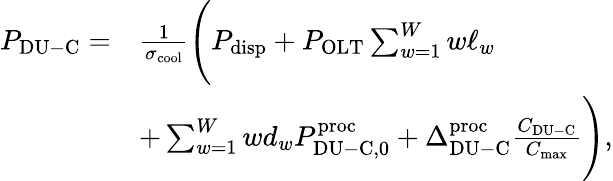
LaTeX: \begin{array}{rl}{P_{\mathrm{DU-C}}=}&{\frac{1}{\sigma_{\mathrm{cool}}}\Bigg(P_{\mathrm{disp}}+P_{\mathrm{OLT}}\sum_{w=1}^{W}w\ell_{w}}\\ &{+\sum_{w=1}^{W}wd_{w}P_{\mathrm{DU-C,0}}^{\mathrm{proc}}+\Delta_{\mathrm{DU-C}}^{\mathrm{proc}}\frac{C_{\mathrm{DU-C}}}{C_{\mathrm{max}}}\Bigg),}\end{array}